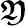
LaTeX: \boldsymbol{\mathfrak{Y}}